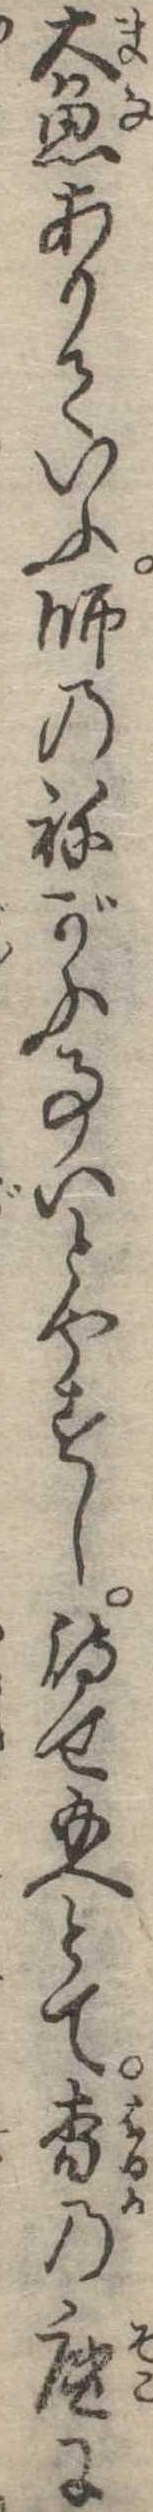
大魚ありていふ師のねがふ事いとやすし待せ給へとて杳の底に